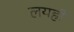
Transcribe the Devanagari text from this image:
लयही